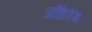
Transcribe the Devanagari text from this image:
अधिरंग